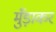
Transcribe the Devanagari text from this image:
मुँड़ाकर